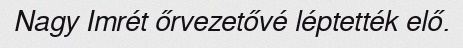
Nagy Imrét őrvezetővé léptették elő.